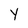
Character: Y